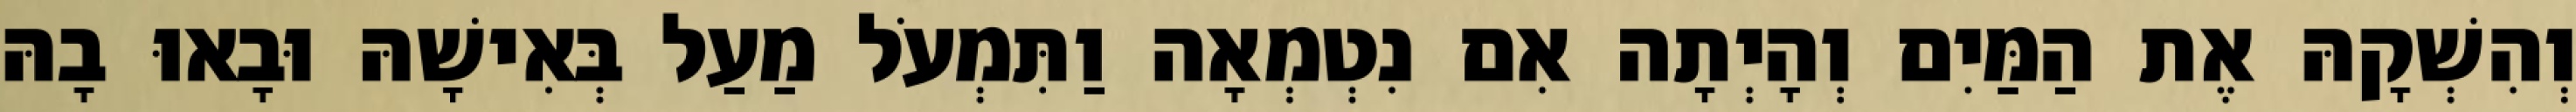
וְהִשְׁקָהּ אֶת הַמַּיִם וְהָיְתָה אִם נִטְמְאָה וַתִּמְעֹל מַעַל בְּאִישָׁהּ וּבָאוּ בָהּ